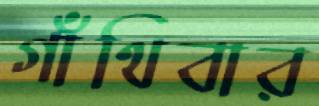
গাঁথিবার